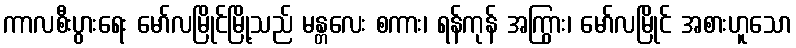
ကာလစီးပွားရေး မော်လမြိုင်မြို့သည် မန္တလေး စကား၊ ရန်ကုန် အကြွား၊ မော်လမြိုင် အစားဟူသော